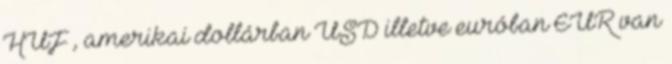
HUF , amerikai dollárban USD illetve euróban EUR van